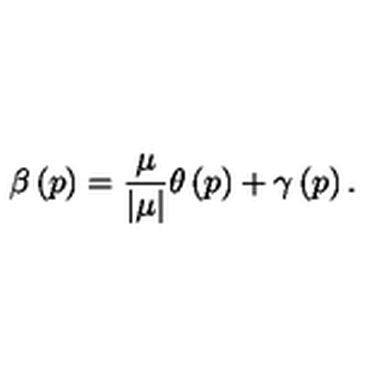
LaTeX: \beta \left( p \right) = \frac \mu { \left| \mu \right| } \theta \left( p \right) + \gamma \left( p \right) .